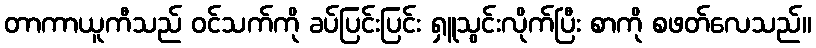
တာကာယူကီသည် ဝင်သက်ကို ခပ်ပြင်းပြင်း ရှူသွင်းလိုက်ပြီး စာကို စဖတ်လေသည်။